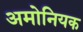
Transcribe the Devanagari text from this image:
अमोनियक